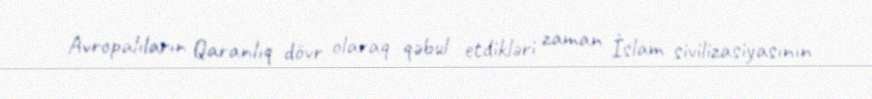
Avropalıların Qaranlıq dövr olaraq qəbul etdikləri zaman İslam sivilizasiyasının